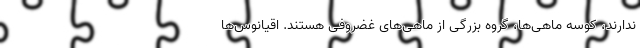
ندارند، کوسه‌ ماهی‌ها، گروه بزرگی از ماهی‌های غضروفی هستند. اقیانوس‌ها